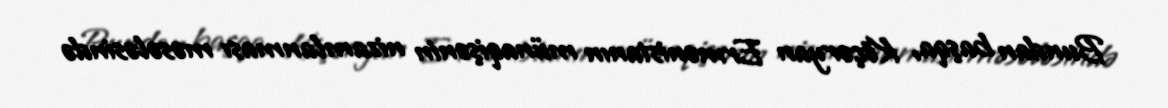
Bundan başqa, Köçəryan Ermənistanın münaqişənin nizamlanması məsələsində